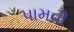
પામવી